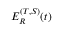
E _ { R } ^ { ( T , S ) } ( t )